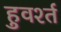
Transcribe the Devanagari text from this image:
हुवर्श्त